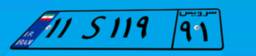
۱۱S۱۱۹۹۱